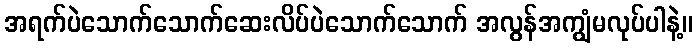
အရက်ပဲသောက်သောက်ဆေးလိပ်ပဲသောက်သောက် အလွန်အကျွံမလုပ်ပါနဲ့။